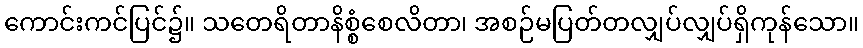
ကောင်းကင်ပြင်၌။ သတေရိတာနိစ္စံစေလိတာ၊ အစဉ်မပြတ်တလျှပ်လျှပ်ရှိကုန်သော။